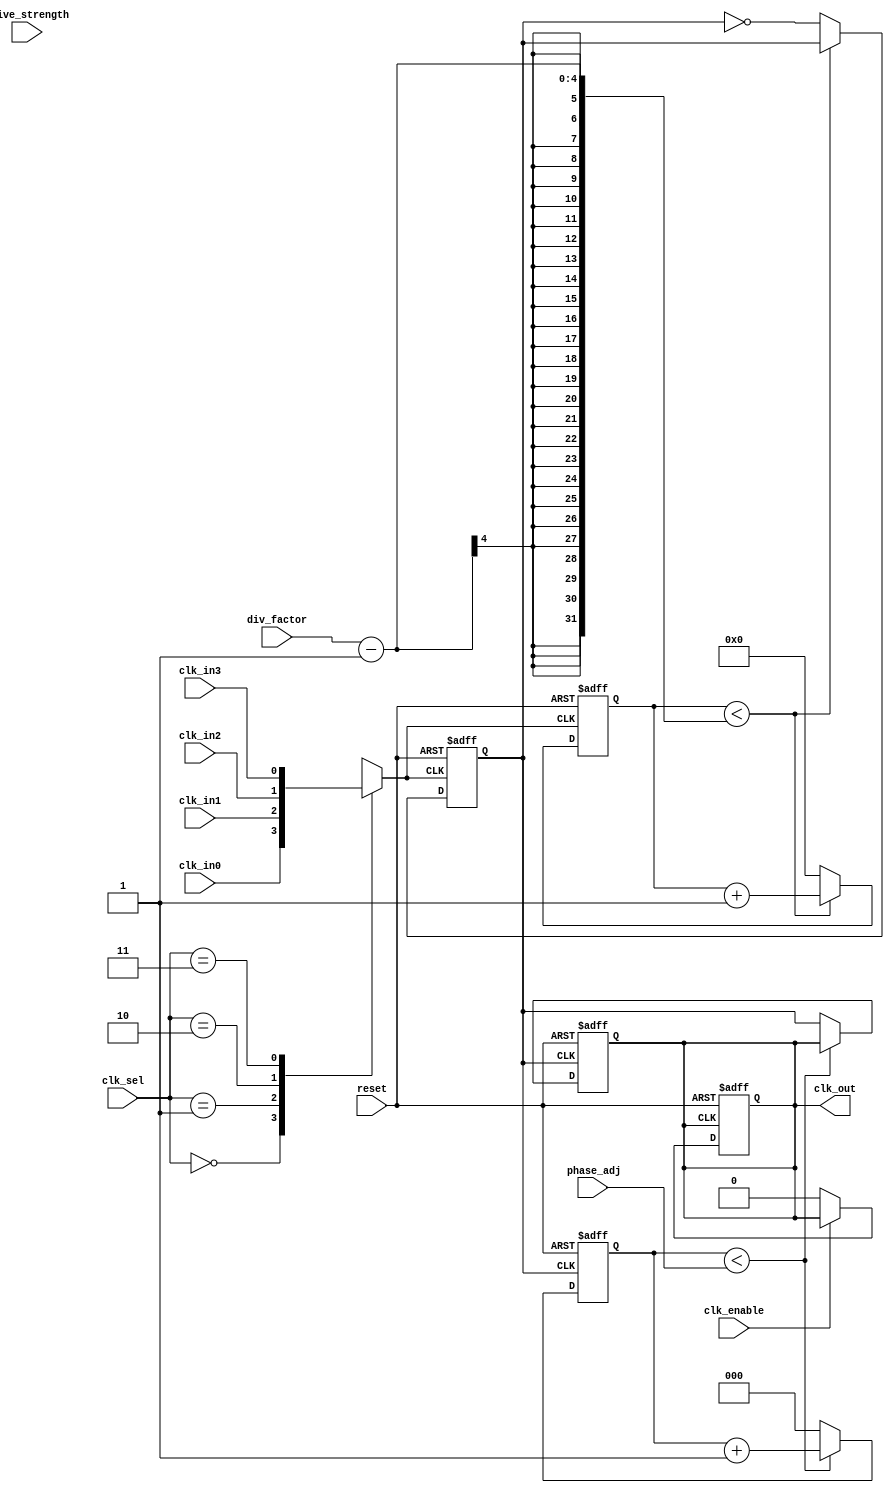
module ProgrammableClockBuffer (
    input wire clk_in0,          // Clock input 0
    input wire clk_in1,          // Clock input 1
    input wire clk_in2,          // Clock input 2
    input wire clk_in3,          // Clock input 3
    input wire [1:0] clk_sel,    // Clock selection input
    input wire [3:0] div_factor,  // Frequency division factor
    input wire [2:0] phase_adj,   // Phase adjustment (in clock cycles)
    input wire drive_strength,     // Drive strength control
    input wire clk_enable,         // Clock gating enable
    input wire reset,              // Reset signal
    output reg clk_out            // Output clock
);

    reg selected_clk;              // Selected clock signal
    reg [3:0] clk_div_counter;      // Counter for frequency division
    reg [2:0] phase_counter;        // Counter for phase adjustment
    reg clk_divided;                // Divided clock signal

    // Clock selection multiplexer
    always @(*) begin
        case (clk_sel)
            2'b00: selected_clk = clk_in0;
            2'b01: selected_clk = clk_in1;
            2'b10: selected_clk = clk_in2;
            2'b11: selected_clk = clk_in3;
            default: selected_clk = clk_in0; // Default case
        endcase
    end

    // Frequency divider
    always @(posedge selected_clk or posedge reset) begin
        if (reset) begin
            clk_div_counter <= 0;
            clk_divided <= 0;
        end else begin
            if (clk_div_counter < div_factor - 1) begin
                clk_div_counter <= clk_div_counter + 1;
            end else begin
                clk_divided <= ~clk_divided; // Toggle divided clock
                clk_div_counter <= 0; // Reset counter
            end
        end
    end

    // Phase adjustment logic
    always @(posedge clk_divided or posedge reset) begin
        if (reset) begin
            phase_counter <= 0;
            clk_out <= 0;
        end else begin
            if (phase_counter < phase_adj) begin
                phase_counter <= phase_counter + 1;
            end else begin
                clk_out <= clk_divided; // Output the divided clock
                phase_counter <= 0; // Reset phase counter
            end
        end
    end

    // Drive strength control and clock gating
    always @(posedge clk_out or posedge reset) begin
        if (reset) begin
            clk_out <= 0;
        end else if (clk_enable) begin
            // Adjust drive strength if needed (placeholder for actual drive strength logic)
            // Here we can implement different drive strength logic based on the drive_strength signal
            clk_out <= clk_out; // Maintain output clock
        end else begin
            clk_out <= 0; // Disable clock output
        end
    end

endmodule